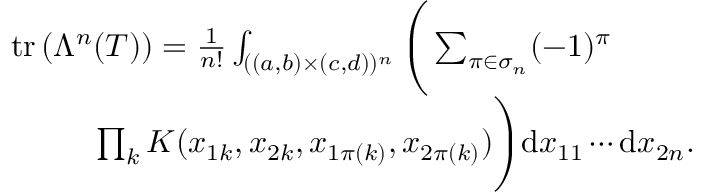
\begin{array} { r l } & { \mathrm { t r } \left( \Lambda ^ { n } ( { T } ) \right) = \frac { 1 } { n ! } \int _ { ( ( a , b ) \times ( c , d ) ) ^ { n } } \Bigg ( \sum _ { \pi \in \sigma _ { n } } ( - 1 ) ^ { \pi } } \\ & { ~ ~ ~ ~ ~ ~ ~ ~ \prod _ { k } K ( x _ { 1 k } , x _ { 2 k } , x _ { 1 \pi ( k ) } , x _ { 2 \pi ( k ) } ) \Bigg ) \mathrm { d } x _ { 1 1 } \cdots \mathrm { d } x _ { 2 n } . } \end{array}